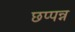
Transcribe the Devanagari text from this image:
छप्पन्न